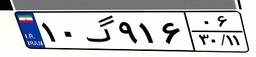
۷۰گ۳۸۴۸۳